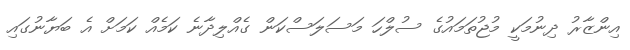
އިންޒާރު ދިނުމަކީ މުޖުތަމައުގެ ސުލްހަ މަސަލަސްކަން ގެއްލިދާނެ ކަމެއް ކަމަށް އެ ބަޔާނުގައި